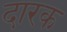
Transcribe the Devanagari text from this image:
दारक